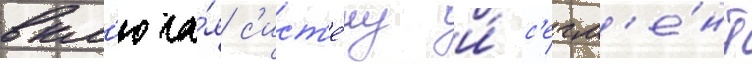
вкл'юча́я с'ист'е́му и́ с'егм'е́нт